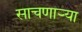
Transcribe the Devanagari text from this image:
साचणाऱ्या